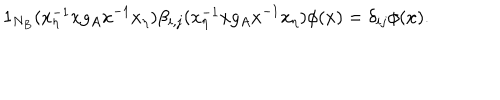
LaTeX: 1 _ { N _ { B } } ( x _ { \eta } ^ { - 1 } x g _ { A } x ^ { - 1 } x _ { \eta } ) \beta _ { i , j } ( x _ { \eta } ^ { - 1 } x g _ { A } x ^ { - 1 } x _ { \eta } ) \phi ( x ) = \delta _ { i j } \phi ( x ) .